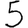
Digit: 5